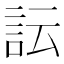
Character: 𧥼